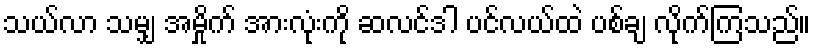
သယ်လာ သမျှ အမ်ှိုက် အားလုံးကို ဆလင်ဒါ ပင်လယ်ထဲ ပစ်ချ လိုက်ကြသည်။